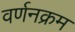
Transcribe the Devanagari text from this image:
वर्णनक्रम